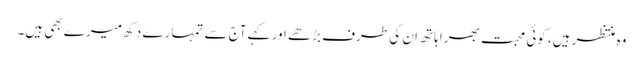
وہ منتظر ہیں، کوئی محبت بھرا ہاتھ ان کی طرف بڑھے اور کہے آج سے تمہارے دکھ میرے بھی ہیں۔